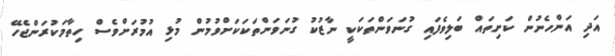
އަދި އަންހެނުން ކަށިތައް ބަލިވެފައި ގުނަވަންތަކަކީ ނާޒުކު ގުނަވަންތަކަކަށްވުމުން މުޅި އުމުރަށްވެސް ހިތާމަކުރަންޖެހޭ